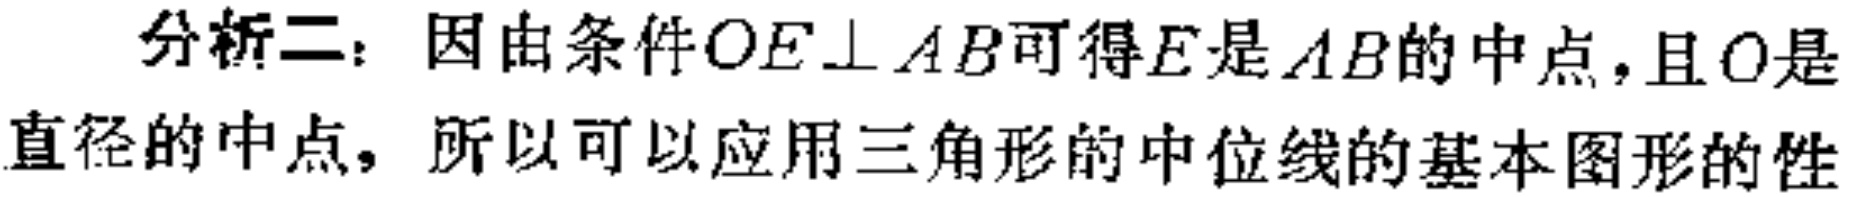
分析二：因由条件\(OE\perp AB\)可得\(E\)是\(AB\)的中点，且\(O\)是直径的中点，所以可以应用三角形的中位线的基本图形的性